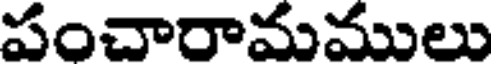
పంచారామములు